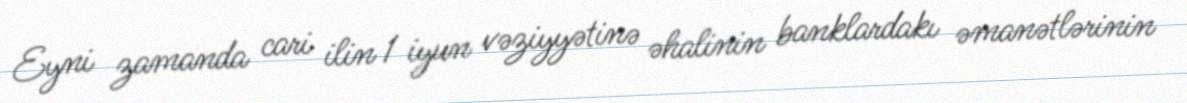
Eyni zamanda cari ilin 1 iyun vəziyyətinə əhalinin banklardakı əmanətlərinin